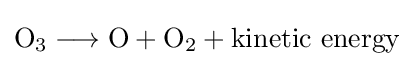
{\mathrm {O} {\vphantom {A}}_{\smash[{t}]{3}}{}\mathrel {\longrightarrow } {}\mathrm {O} {}+{}\mathrm {O} {\vphantom {A}}_{\smash[{t}]{2}}}+{\text{kinetic energy}}